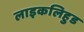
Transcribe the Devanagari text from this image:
लाइकलिहुड